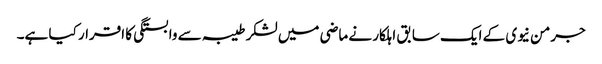
جرمن نیوی کے ایک سابق اہلکار نے ماضی میں لشکر طیبہ سے وابستگی کا اقرار کیا ہے۔